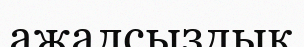
ажалсыздық